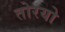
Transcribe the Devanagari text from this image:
तोरयो